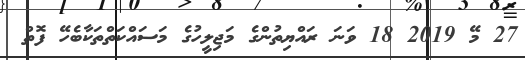
27 މޭ 2019 18 ވަނަ ރައްޔިތުންގެ މަޖިލީހުގެ މަސައްކަތްތަކާބެހޭ ފޮތް